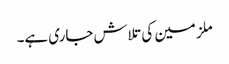
ملزمین کی تلاش جاری ہے۔